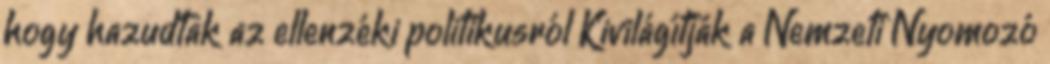
hogy hazudtak az ellenzéki politikusról Kivilágítják a Nemzeti Nyomozó